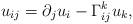
LaTeX: \begin{align*}u_{ij} = \partial_j u_i - \Gamma^k_{ij}u_k,\end{align*}